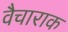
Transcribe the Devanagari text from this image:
वैचाराक